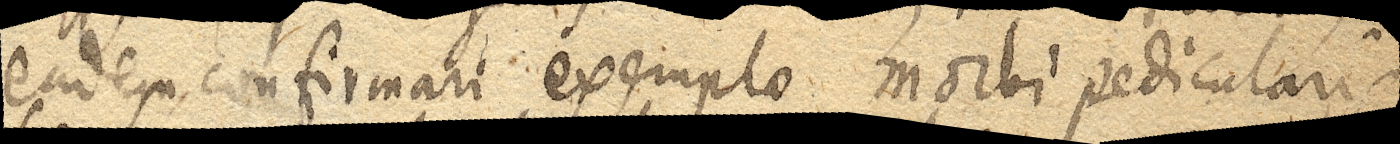
eadem, confirmari exemplo morbi pedicularis